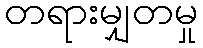
တရားမျှတမှု